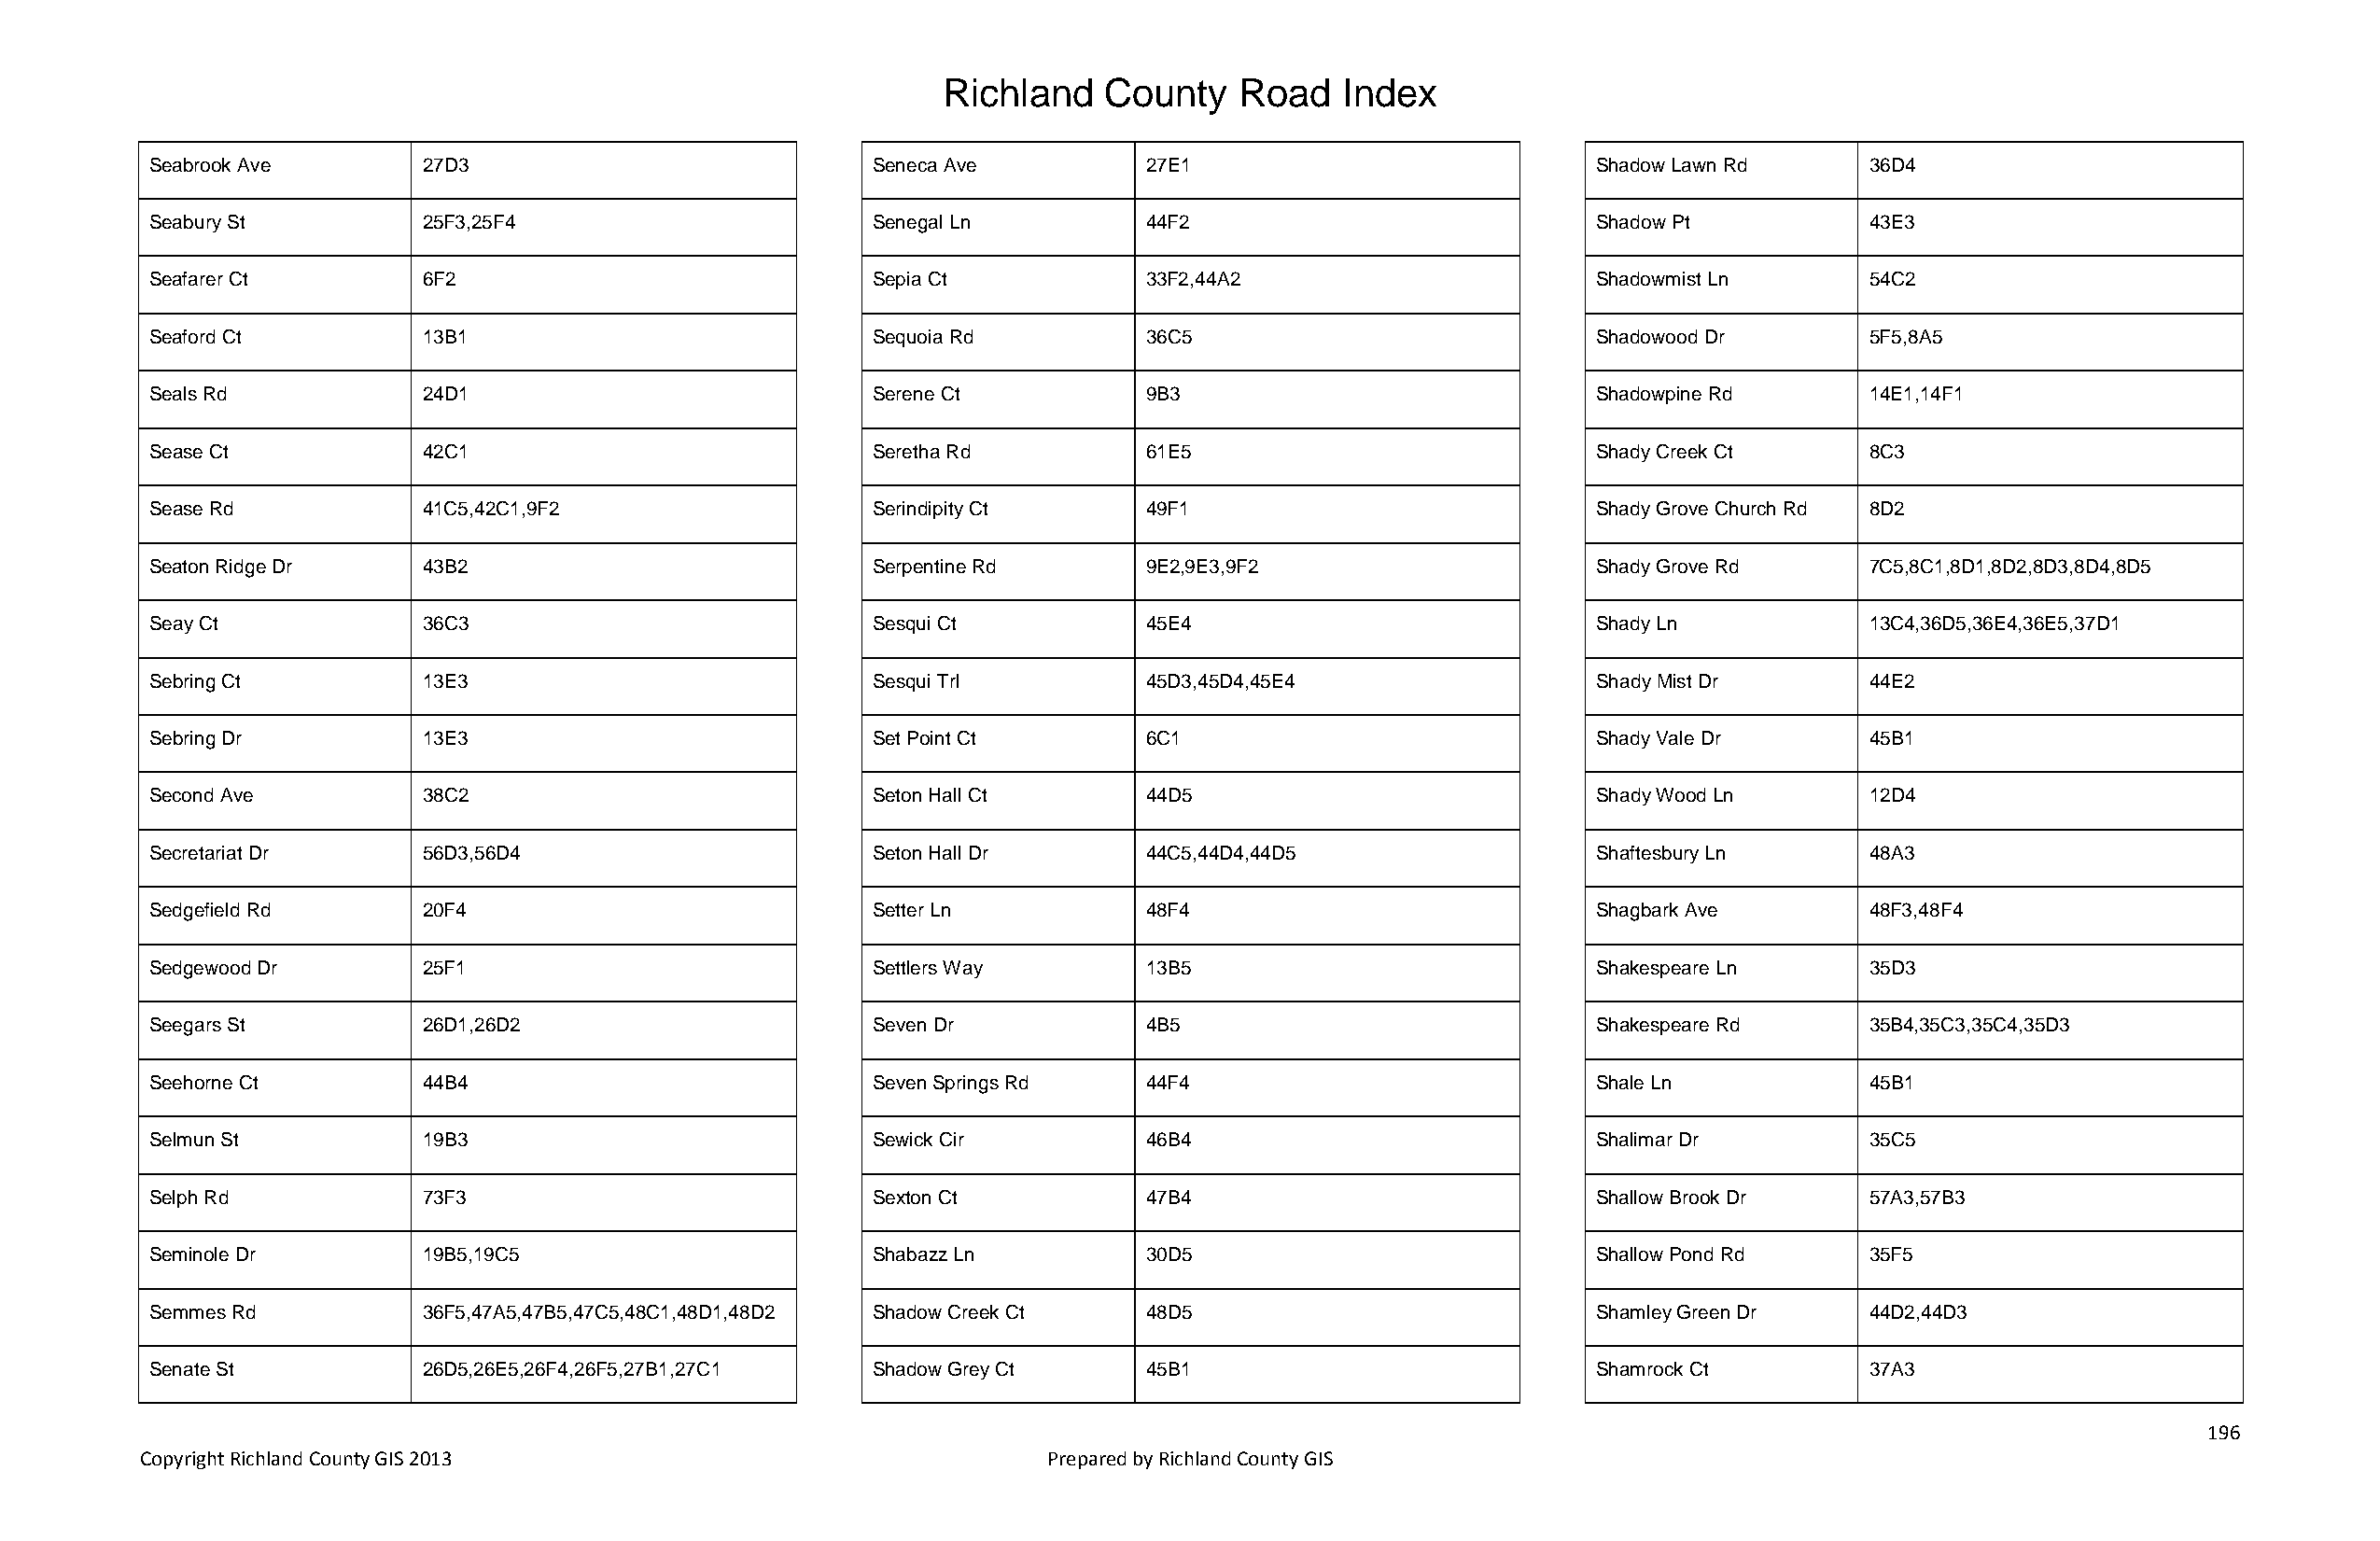
Richland   County    Road   Index
 Seabrook Ave       27D3                            Seneca Ave         27E1                            Shadow Lawn Rd      36D4
 Seabury St         25F3,25F4                       Senegal Ln         44F2                            Shadow Pt           43E3
 Seafarer Ct        6F2                             Sepia Ct           33F2,44A2                       Shadowmist Ln       54C2
 Seaford Ct         13B1                            Sequoia Rd         36C5                            Shadowood Dr        5F5,8A5
 Seals Rd           24D1                            Serene Ct          9B3                             Shadowpine Rd       14E1,14F1
 Sease Ct           42C1                            Seretha Rd         61E5                            Shady Creek Ct      8C3
 Sease Rd           41C5,42C1,9F2                   Serindipity Ct     49F1                            Shady Grove Church Rd 8D2
 Seaton Ridge Dr    43B2                            Serpentine Rd      9E2,9E3,9F2                     Shady Grove Rd      7C5,8C1,8D1,8D2,8D3,8D4,8D5
 Seay Ct            36C3                            Sesqui Ct          45E4                            Shady Ln            13C4,36D5,36E4,36E5,37D1
 Sebring Ct         13E3                            Sesqui Trl         45D3,45D4,45E4                  Shady Mist Dr       44E2
 Sebring Dr         13E3                            Set Point Ct       6C1                             Shady Vale Dr       45B1
 Second Ave         38C2                            Seton Hall Ct      44D5                            Shady Wood Ln       12D4
 Secretariat Dr     56D3,56D4                       Seton Hall Dr      44C5,44D4,44D5                  Shaftesbury Ln      48A3
 Sedgefield Rd      20F4                            Setter Ln          48F4                            Shagbark Ave        48F3,48F4
 Sedgewood Dr       25F1                            Settlers Way       13B5                            Shakespeare Ln      35D3
 Seegars St         26D1,26D2                       Seven Dr           4B5                             Shakespeare Rd      35B4,35C3,35C4,35D3
 Seehorne Ct        44B4                            Seven Springs Rd   44F4                            Shale Ln            45B1
 Selmun St          19B3                            Sewick Cir         46B4                            Shalimar Dr         35C5
 Selph Rd           73F3                            Sexton Ct          47B4                            Shallow Brook Dr    57A3,57B3
 Seminole Dr        19B5,19C5                       Shabazz Ln         30D5                            Shallow Pond Rd     35F5
 Semmes Rd          36F5,47A5,47B5,47C5,48C1,48D1,48D2 Shadow Creek Ct 48D5                            Shamley Green Dr    44D2,44D3
 Senate St          26D5,26E5,26F4,26F5,27B1,27C1   Shadow Grey Ct     45B1                            Shamrock Ct         37A3
 196
 Copyright Richland County GIS 2013                              Prepared by Richland County GIS